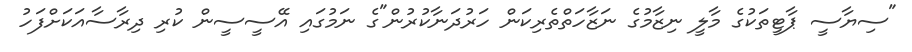
"ސިޔާސީ ޕާޓީތަކުގެ މާލީ ނިޒާމުގެ ނަޒާހަތްތެރިކަން ހަރުދަނާކުރުން"ގެ ނަމުގައި އޭސީސީން ކުރި ދިރާސާއަކަށްފަހު